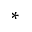
^ \ast